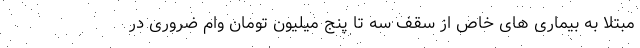
مبتلا به بیماری های خاص از سقف سه تا پنج میلیون تومان وام ضروری در